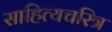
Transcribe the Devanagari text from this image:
साहित्यचरित्र